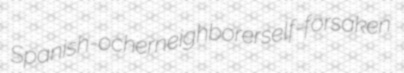
Spanish-ocher neighborer self-forsaken